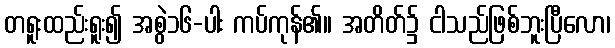
တရူးထည်းရူး၍ အစွဲ၁၆-ပါး ကပ်ကုန်၏။ အတိတ်၌ ငါသည်ဖြစ်ဘူးပြီလော၊